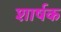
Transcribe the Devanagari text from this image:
शार्षक